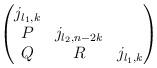
LaTeX: \begin{align*}\begin{pmatrix}j_{l_1, k} \\P & j_{l_2,n-2k} \\Q & R & j_{l_1,k}\end{pmatrix}\end{align*}